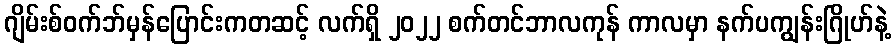
ဂျိမ်းစ်ဝက်ဘ်မှန်ပြောင်းကတဆင့် လက်ရှိ ၂၀၂၂ စက်တင်ဘာလကုန် ကာလမှာ နက်ပကျွန်းဂြိုဟ်နဲ့